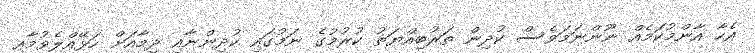
އެހާ އާންމުކަމެއް ނޫންނަމަވެސް ކުދިން ތަރުބިއްޔަތު ކުރުމުގެ ނަމުގައި ކުދިންނާއި ދިމާއަށް ހަޅޭއްލެވުމާއި